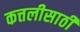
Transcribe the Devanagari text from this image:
कत्तलीसाठी